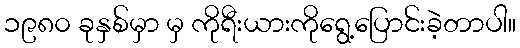
၁၉၈၀ ခုနှစ်မှာ မှ ကိုရီးယားကိုရွေ့ပြောင်းခဲ့တာပါ။